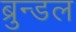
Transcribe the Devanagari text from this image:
ब्रुन्डल